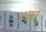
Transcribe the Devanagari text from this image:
८व्ध